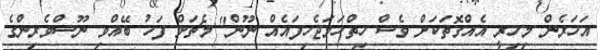
އަހަރެން މިހިރީ އެއްގޮތަކަށް ވެސް ހިތްހަމަޖެހިފައެއް ނޫން" މެޗަށް ފަހު ބޭއްވި ނޫސްވެރިންގެ